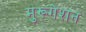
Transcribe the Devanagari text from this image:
मुरूगेशन